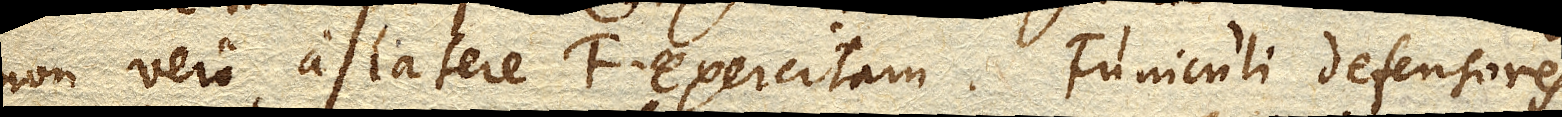
non vero a latere F. exercitam. Funiculi defensores